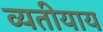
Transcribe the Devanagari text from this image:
व्यतीयाय